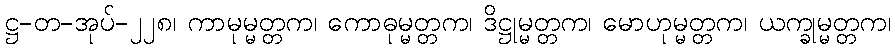
ဋ္ဌ-တ-အုပ်-၂၂၈၊ ကာမုမ္မတ္တက၊ ကောဓုမ္မတ္တက၊ ဒိဋ္ဌုမ္မတ္တက၊ မောဟုမ္မတ္တက၊ ယက္ခုမ္မတ္တက၊